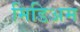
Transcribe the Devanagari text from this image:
मिडिअम